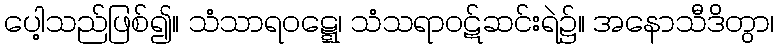
ပေါ့သည်ဖြစ်၍။ သံသာရဝဋ္ဋေ၊ သံသရာဝဋ်ဆင်းရဲ၌။ အနောသီဒိတွာ၊